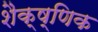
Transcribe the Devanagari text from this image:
शैक्ष्णिक